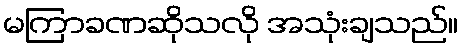
မကြာခဏဆိုသလို အသုံးချသည်။